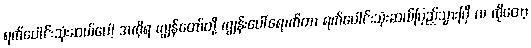
ရက်ပေါင်းသုံးဆယ်ပေါ့ အကိုရ ကျွန်တော်တို့ ကျွန်းပေါ်ရောက်တာ ရက်ပေါင်းသုံးဆယ်ပြည့်သွားပြီ လ ကိုတော့